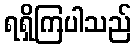
ရရှိကြပါသည်